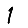
Digit: 1